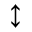
\updownarrow